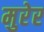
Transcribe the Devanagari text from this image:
मुरेर